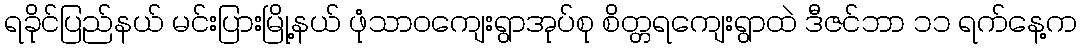
ရခိုင်ပြည်နယ် မင်းပြားမြို့နယ် ဖုံသာဝကျေးရွာအုပ်စု စိတ္တရကျေးရွာထဲ ဒီဇင်ဘာ ၁၁ ရက်နေ့က